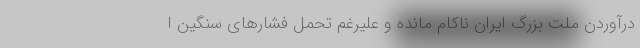
درآوردن ملت بزرگ ایران ناکام مانده و علیرغم تحمل فشارهای سنگینِ ا